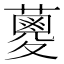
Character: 𮒈